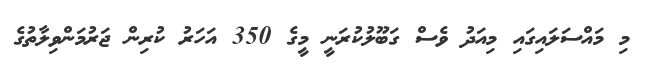
މި މައްސަލައިގައި މިއަދު ވެސް ގަބޫލުކުރަނީ މީގެ 350 އަހަރު ކުރިން ޖަރުމަންވިލާތުގެ